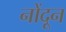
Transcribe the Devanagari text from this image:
नोंदून